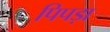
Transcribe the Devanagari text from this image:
पिपड़ा